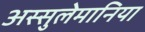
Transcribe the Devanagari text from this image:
अस्सुलेमानिया